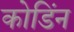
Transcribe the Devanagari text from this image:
कोडिंन